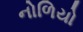
નોળિયો